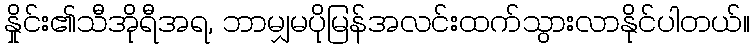
နှိုင်း၏သီအိုရီအရ, ဘာမျှမပိုမြန်အလင်းထက်သွားလာနိုင်ပါတယ်။